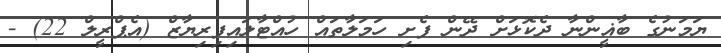
ޔަމަނުގެ ބާޣީންނާ ދެކޮޅަށް ދޭން ފެށި ހަމަލާތައް ހުއްޓާލައިފިރިޔާޒް (އެޕްރީލް 22) -